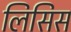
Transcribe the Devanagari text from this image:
लिसिस